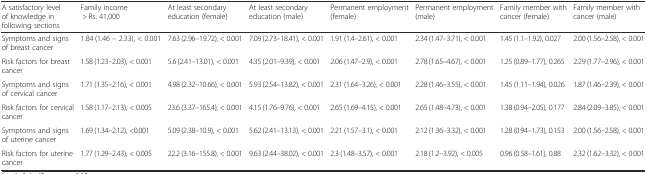
<table><thead><tr><td><b>A satisfactory level of knowledge in following sections</b></td><td><b>Family income &gt; Rs. 41,000</b></td><td><b>At least secondary education (female)</b></td><td><b>At least secondary education (male)</b></td><td><b>Permanent employment (female)</b></td><td><b>Permanent employment (male)</b></td><td><b>Family member with cancer (female)</b></td><td><b>Family member with cancer (male)</b></td></tr></thead><tbody><tr><td>Symptoms and signs of breast cancer</td><td>1.84 (1.46 – 2.33), &lt; 0.001</td><td>7.63 (2.96–19.72), &lt; 0.001</td><td>7.09 (2.73–18.41), &lt; 0.001</td><td>1.91 (1.4–2.61), &lt; 0.001</td><td>2.34 (1.47–3.71), &lt; 0.001</td><td>1.45 (1.1–1.92), 0.027</td><td>2.00 (1.56–2.58), &lt; 0.001</td></tr><tr><td>Risk factors for breast cancer</td><td>1.58 (1.23–2.03), &lt; 0.001</td><td>5.6 (2.41–13.01), &lt; 0.001</td><td>4.35 (2.01–9.39), &lt; 0.001</td><td>2.06 (1.47–2.9), &lt; 0.001</td><td>2.78 (1.65–4.67), &lt; 0.001</td><td>1.25 (0.89–1.77), 0.265</td><td>2.29 (1.77–2.96), &lt; 0.001</td></tr><tr><td>Symptoms and signs of cervical cancer</td><td>1.71 (1.35–2.16), &lt; 0.001</td><td>4.98 (2.32–10.66), &lt; 0.001</td><td>5.93 (2.54–13.82), &lt; 0.001</td><td>2.31 (1.64–3.26), &lt; 0.001</td><td>2.28 (1.46–3.55), &lt; 0.001</td><td>1.45 (1.11–1.94), 0.026</td><td>1.87 (1.46–2.39), &lt; 0.001</td></tr><tr><td>Risk factors for cervical cancer</td><td>1.58 (1.17–2.13), &lt; 0.005</td><td>23.6 (3.37–165.4), &lt; 0.001</td><td>4.15 (1.76–9.76), &lt; 0.001</td><td>2.65 (1.69–4.15), &lt; 0.001</td><td>2.65 (1.48–4.73), &lt; 0.001</td><td>1.38 (0.94–2.05), 0.177</td><td>2.84 (2.09–3.85), &lt; 0.001</td></tr><tr><td>Symptoms and signs of uterine cancer</td><td>1.69 (1.34–2.12), &lt;0.001</td><td>5.09 (2.38–10.9), &lt; 0.001</td><td>5.62 (2.41–13.13), &lt; 0.001</td><td>2.21 (1.57–3.1), &lt; 0.001</td><td>2.12 (1.36–3.32), &lt; 0.001</td><td>1.28 (0.94–1.73), 0.153</td><td>2.00 (1.56–2.58), &lt; 0.001</td></tr><tr><td>Risk factors for uterine cancer</td><td>1.77 (1.29–2.43), &lt; 0.005</td><td>22.2 (3.16–155.8), &lt; 0.001</td><td>9.63 (2.44–38.02), &lt; 0.001</td><td>2.3 (1.48–3.57), &lt; 0.001</td><td>2.18 (1.2–3.92), &lt; 0.005</td><td>0.96 (0.58–1.61), 0.88</td><td>2.32 (1.62–3.32), &lt; 0.001</td></tr></tbody></table>